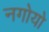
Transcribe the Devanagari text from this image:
नगोयो